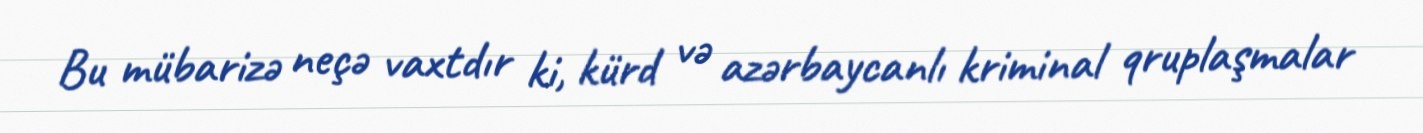
Bu mübarizə neçə vaxtdır ki, kürd və azərbaycanlı kriminal qruplaşmalar